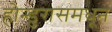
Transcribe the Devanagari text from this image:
होन्डुरासमधून